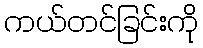
ကယ်တင်ခြင်းကို